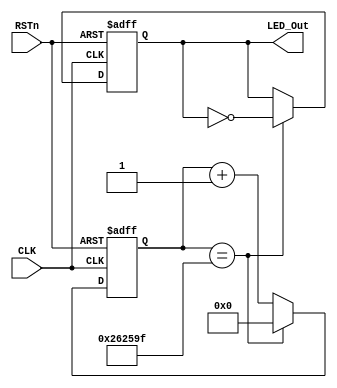
////////////////////////////////////////////////
////  FLASH_LED_MODULE.v
//// 					ZHAOCHAO
////						2016-11-13
/////////////////////////////////////////////////////////////////////
////

module flash_module
(
	CLK, RSTn, LED_Out
);

	input CLK;
	input RSTn;
	output LED_Out;
	
	//// System CLK = 50MHz, 50M*0.05-1=2_499_999
	parameter T50MS = 22'd2_499_999;
	
	
	reg [21:0]Count1;
	
	always@(posedge CLK or negedge RSTn)
		if(!RSTn)
			Count1 <= 22'd0;
		else if(Count1 == T50MS)
			Count1 <= 22'd0;
		else 
			Count1 <= Count1 + 1'b1;
			
	///////////////////////////////////////////////////////
	
	reg rLED_Out;
	
	always@(posedge CLK or negedge RSTn)
		if(!RSTn)
			rLED_Out <= 1'b1;
		else if(Count1 == T50MS)
			rLED_Out <= ~rLED_Out;
			
	////////////////////////////////////////////////////////////
	
	
	assign LED_Out = rLED_Out;
	
	
endmodule